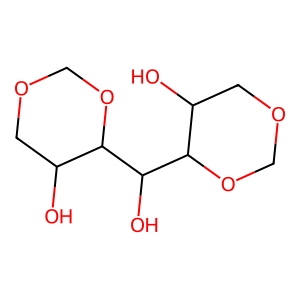
SMILES: OC1COCOC1C(O)C1OCOCC1O
Inhibits HIV replication: No